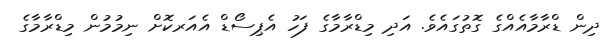
ދިން ޑްރާމާއެއްގެ ގޮތުގައެވެ. އަދި މިޑްރާމާގެ ފަހު އެޕިސޯޑް އެއަރކޮށް ނިމުމުން މިޑްރާމާގެ